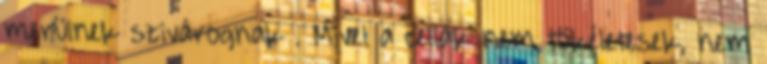
merülnek szivárognak . Mivel a cellák nem tökéletesek, nem